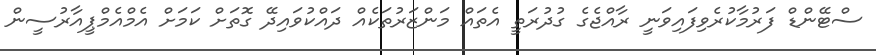
ސްޓޭންޑް ފަރުމާކުރެވިފައިވަނީ ރާއްޖެގެ ގުދުރަތީ އެތައް މަންޒަރުތަކެއް ދައްކުވައިދޭ ގޮތަށް ކަމަށް އެމްއެމްޕީއާރުސީން